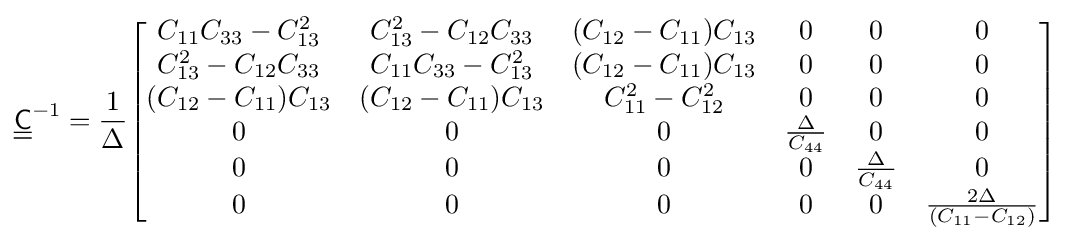
{\underline {\underline {\mathsf {C}}}}^{-1}={\frac {1}{\Delta }}{\begin{bmatrix}C_{11}C_{33}-C_{13}^{2}&C_{13}^{2}-C_{12}C_{33}&(C_{12}-C_{11})C_{13}&0&0&0\\C_{13}^{2}-C_{12}C_{33}&C_{11}C_{33}-C_{13}^{2}&(C_{12}-C_{11})C_{13}&0&0&0\\(C_{12}-C_{11})C_{13}&(C_{12}-C_{11})C_{13}&C_{11}^{2}-C_{12}^{2}&0&0&0\\0&0&0&{\frac {\Delta }{C_{44}}}&0&0\\0&0&0&0&{\frac {\Delta }{C_{44}}}&0\\0&0&0&0&0&{\frac {2\Delta }{(C_{11}-C_{12})}}\end{bmatrix}}